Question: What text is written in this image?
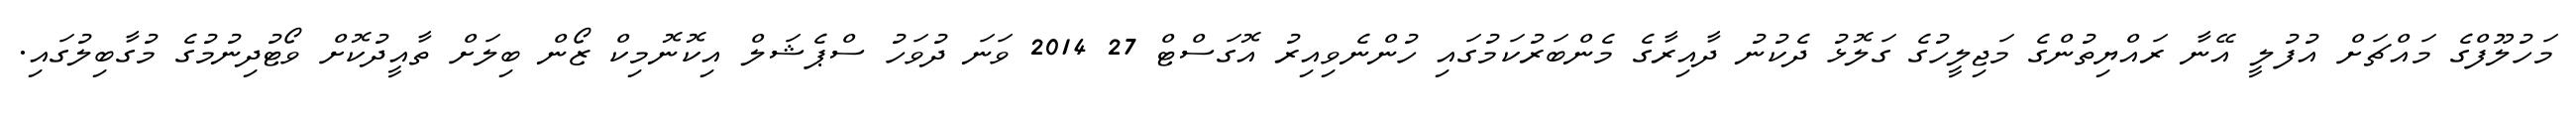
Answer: މަހުލޫފްގެ މައްޗަށް އުފުލީ އޭނާ ރައްޔިތުންގެ މަޖިލީހުގެ ގަލޮޅު ދެކުނު ދާއިރާގެ މެންބަރުކަމުގައި ހުންނެވިއިރު އޮގަސްޓް 27 2014 ވަނަ ދުވަހު ސްޕެޝަލް އިކޮނޮމިކް ޒޯން ބިލަށް ތާއީދުކޮށް ވޯޓުދިނުމުގެ މުގާބިލުގައި.